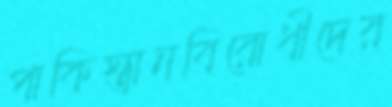
পাকিস্তানবিরোধীদের